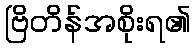
ဗြိတိန်အစိုးရ၏